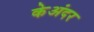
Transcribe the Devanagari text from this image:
केअंदर